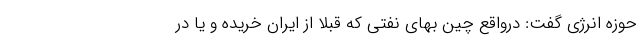
حوزه انرژی گفت: درواقع چین بهای نفتی که قبلا از ایران خریده و یا در